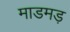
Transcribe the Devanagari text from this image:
माडमड़